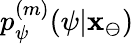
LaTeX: p_{\psi}^{(m)}(\psi|\mathbf{x}_{\ominus})